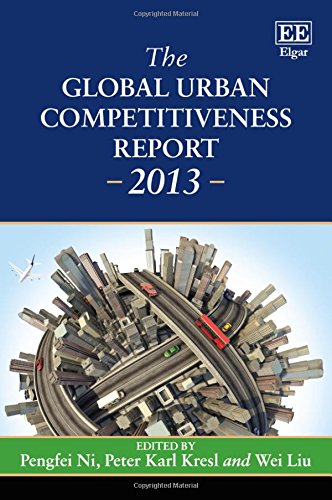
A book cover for The Global Urban Competitiveness Report - 2013 (In Association with the Chinese Academy of Social Sciences); Pengfei Ni; Business & Money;